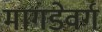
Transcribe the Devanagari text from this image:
मागडेवर्ग